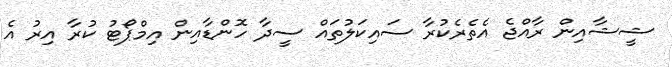
ޝީޝާއިން ރާއްޖެ އެތެރެކުރާ ސައިކަލުތައް ސީދާ ހޮންޑާއިން އިމްޕޯޓު ކުރާ އިރު އެ